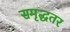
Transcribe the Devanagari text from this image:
समृद्धतर